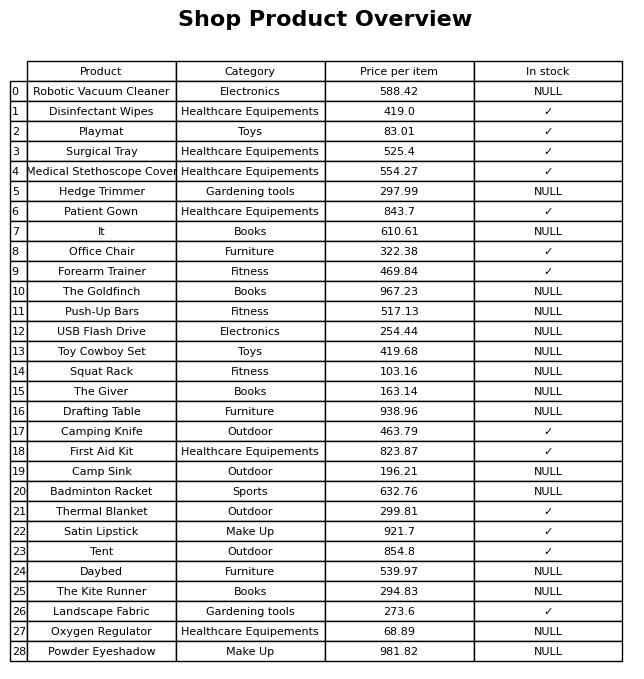
question: What is the stock status of the Push-Up Bars?
answer: NULL